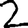
Digit: 2